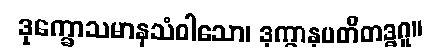
ဒုက္ခောသမာနသံဝါသော၊ ဒုက္ခာနုပတိတဒ္ဓဂူ။